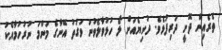
ތެރެއިން ދޮށީ ދަރިފުޅެވެ. ދުނިޔެއަށް ލޯ ހުޅުވާލެވުނު ވަގުތު އޭނާގެ މަންމަ ނުރުހުމާއެކު